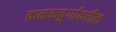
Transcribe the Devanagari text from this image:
कनकदुर्गावरील